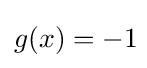
{\textstyle g(x)=-1\!}